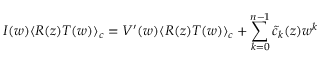
I ( w ) \langle R ( z ) T ( w ) \rangle _ { c } = V ^ { \prime } ( w ) \langle R ( z ) T ( w ) \rangle _ { c } + \sum _ { k = 0 } ^ { n - 1 } { \tilde { c } } _ { k } ( z ) w ^ { k }